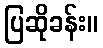
ပြဆိုခန်း။